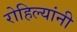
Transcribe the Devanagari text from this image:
रोहिल्यांनी